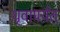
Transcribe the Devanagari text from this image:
धृवापर्यंत